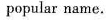
popular name.